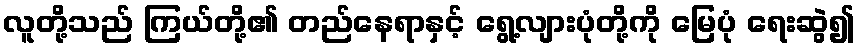
လူတို့သည် ကြယ်တို့၏ တည်နေရာနှင့် ရွေ့လျားပုံတို့ကို မြေပုံ ရေးဆွဲ၍